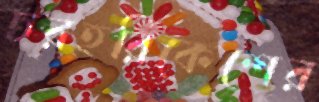
চরহরিকেশের